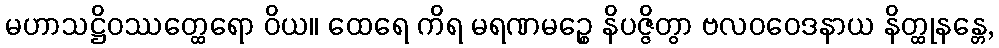
မဟာသဋ္ဌိဝဿတ္ထေရော ဝိယ။ ထေရေ ကိရ မရဏမဉ္စေ နိပဇ္ဇိတွာ ဗလဝဝေဒနာယ နိတ္ထုနန္တေ,